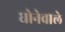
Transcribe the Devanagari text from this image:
धोनेवाले